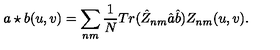
a \star b ( u , v ) = \sum _ { n m } \frac { 1 } { N } T r ( \hat { Z } _ { n m } \hat { a } \hat { b } ) Z _ { n m } ( u , v ) .